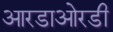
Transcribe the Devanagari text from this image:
आरडाओरडी